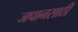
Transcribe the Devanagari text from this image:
जपानसाठी